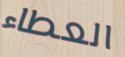
العطاء